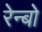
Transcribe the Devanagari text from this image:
रेन्‍बो